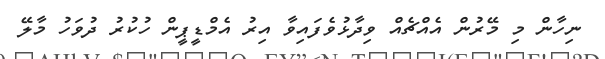
ނިހާން މި މޭރުން އެއްޗެއް ވިދާޅުވެފައިވާ އިރު އެމްޑީޕީން ހުކުރު ދުވަހު މާލޭ